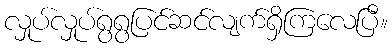
လှုပ်လှုပ်ရွရွပြင်ဆင်လျက်ရှိကြလေပြီ။